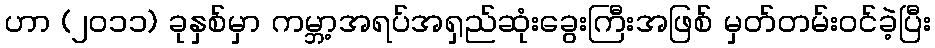
ဟာ (၂၀၁၁) ခုနှစ်မှာ ကမ္ဘာ့အရပ်အရှည်ဆုံးခွေးကြီးအဖြစ် မှတ်တမ်းဝင်ခဲ့ပြီး